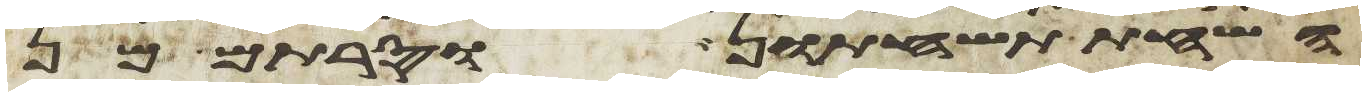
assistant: השחת תשחתון וסרתם מן